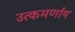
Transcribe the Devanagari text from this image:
उत्कमर्णाय